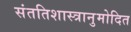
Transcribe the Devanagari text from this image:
संततिशास्त्रानुमोदित